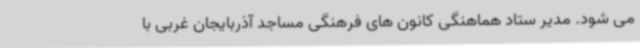
می شود. مدیر ستاد هماهنگی کانون های فرهنگی مساجد آذربایجان غربی با